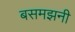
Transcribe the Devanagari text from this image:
बसमझनी